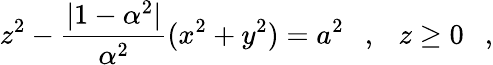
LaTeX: z^{2}-{\frac{|1-\alpha^{2}|}{\alpha^{2}}}(x^{2}+y^{2})=a^{2}~~~,~~~z\ge 0~~~,